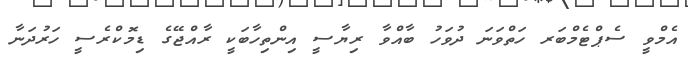
އެމްވީ ސެޕްޓެމްބަރ ހަތްވަނަ ދުވަހު ބާއްވާ ރިޔާސީ އިންތިހާބަކީ ރާއްޖޭގެ ޑިމޮކްރެސީ ހަރުދަނާ